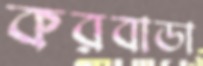
করবাডা